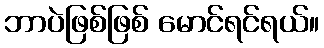
ဘာပဲဖြစ်ဖြစ် မောင်ရင်ရယ်။